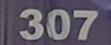
307